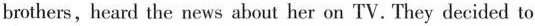
brothers, heard the news about her on TV. They decided to